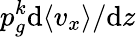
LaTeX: p_{g}^{k}\mathrm{d}\langle v_{x}\rangle/\mathrm{d}z